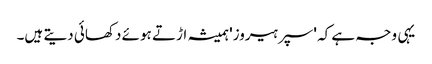
یہی وجہ ہے کہ 'سپر ہیروز' ہمیشہ اڑتے ہوئے دکھائی دیتے ہیں۔